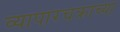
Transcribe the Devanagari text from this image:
व्यापारचक्राच्या